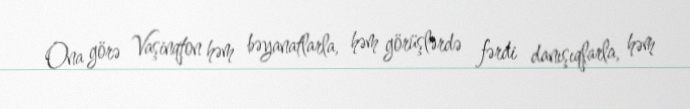
Ona görə Vaşinqton həm bəyanatlarla, həm görüşlərdə fərdi danışıqlarla, həm